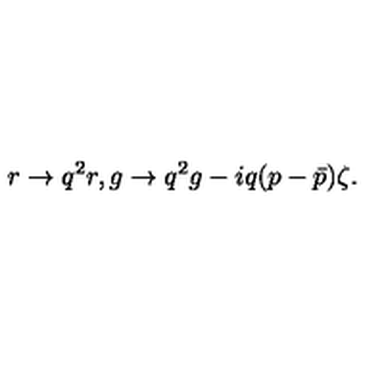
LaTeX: r \rightarrow q ^ { 2 } r , g \rightarrow q ^ { 2 } g - i q ( p - \bar { p } ) \zeta .